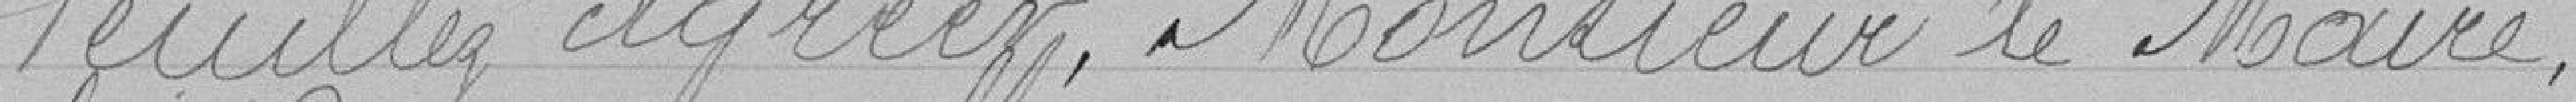
Veuillez agréer, Monsieur le Maire,